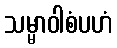
သမ္မာဝါစံပဟံ